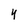
Character: 4